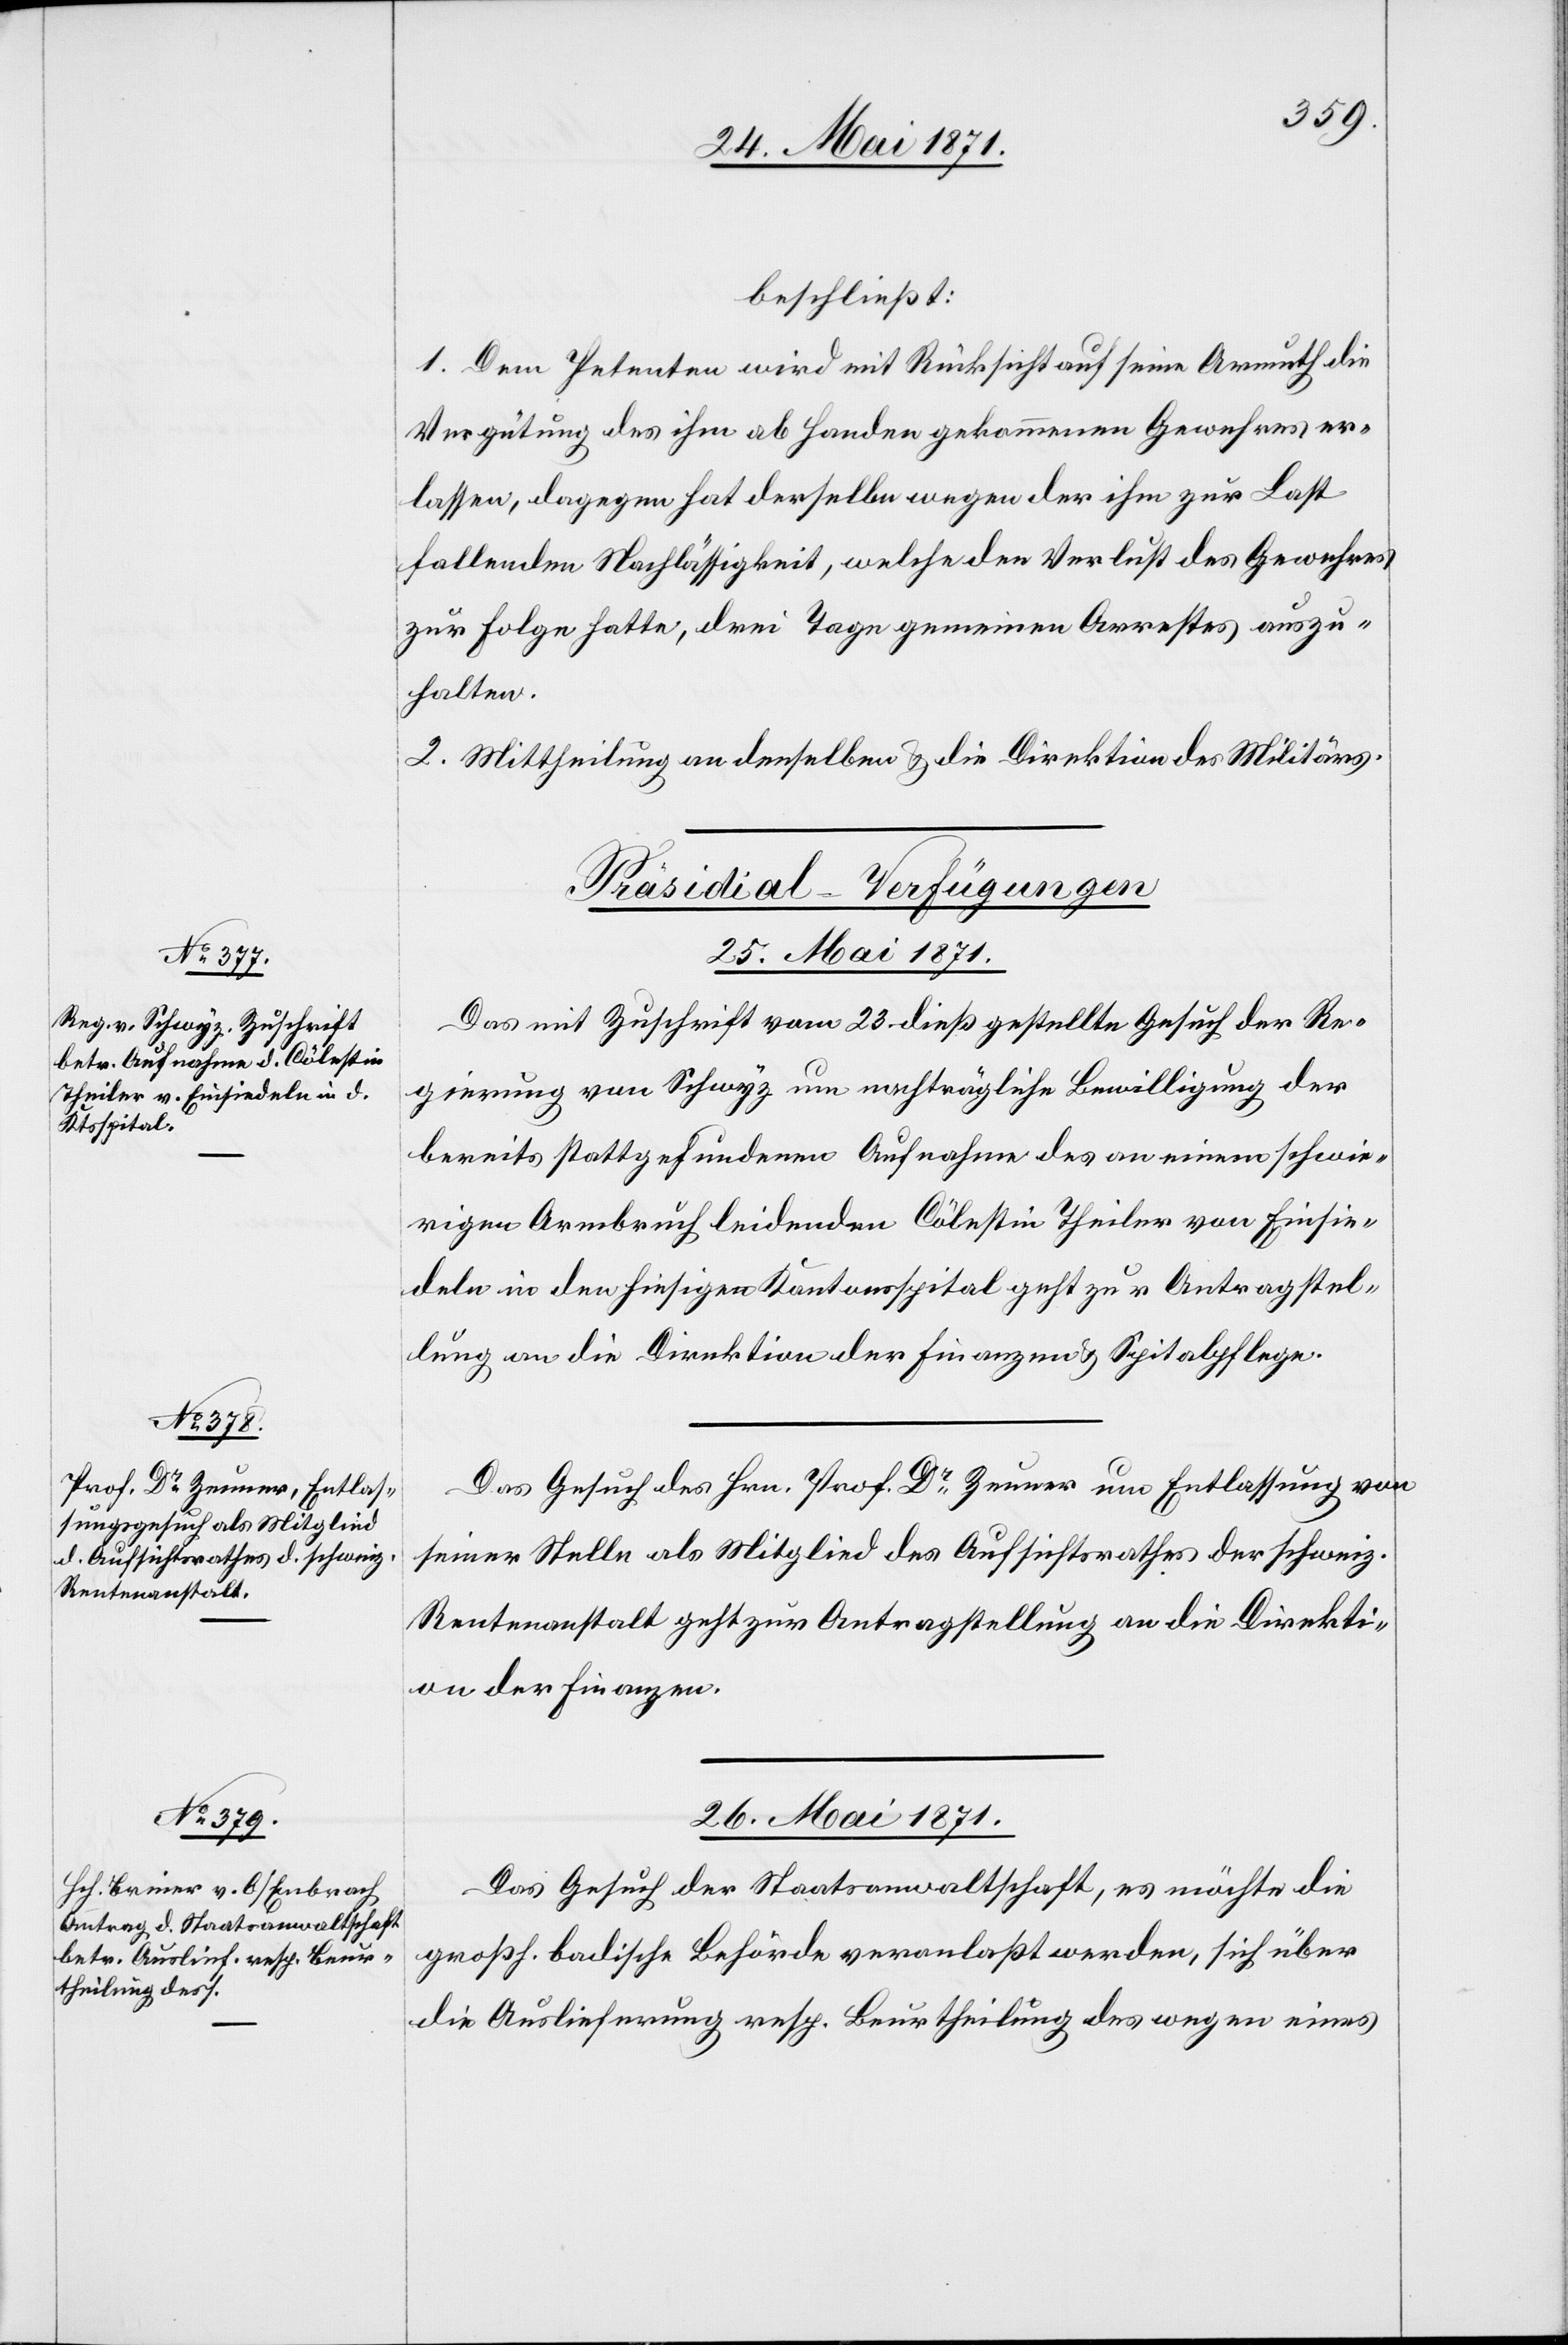
beschließt:
1. Dem Petenten wird mit Rücksicht auf seine Armuth die
Vergütung des ihm ab Handen gekommenen Gewehres er¬
lassen, dagegen hat derselbe wegen der ihm zur Last
fallenden Nachlässigkeit, welche den Verlust des Gewehres
zur Folge hatte, drei Tage gemeinen Arrestes auszu¬
halten.
2. Mittheilung an denselben u. die Direktion des Militärs.
[Präsidial-Verfügungen]
25. Mai 1871.]
Das mit Zuschrift vom 23. dieß gestellte Gesuch der Re¬
gierung von Schwyz um nachträgliche Bewilligung der
bereits stattgefundenen Aufnahme des an einem schwie¬
rigen Armbruch leidenden Cölestin Theiler von Einsie¬
deln in den hiesigen Kantonsspital geht zur Antragstel¬
lung an die Direktion der Finanzen u. Spitalpflege.
Das Gesuch des Hrn. Prof. Dr. Zeuner um Entlassung von
seiner Stelle als Mitglied des Aufsichtsrathes der schweiz.
Rentenanstalt geht zur Antragstellung an die Direkti¬
on der Finanzen.
26. Mai 1871.
Das Gesuch der Staatsanwaltschaft, es möchte die
großh. badische Behörde veranlaßt werden, sich über
die Auslieferung resp. Beurtheilung des wegen eines